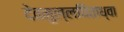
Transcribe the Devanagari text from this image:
देवमुल्लघिताध्वा